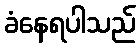
ခံနေရပါသည်